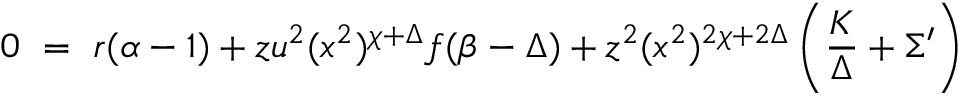
0 ~ = ~ r ( \alpha - 1 ) + z u ^ { 2 } ( x ^ { 2 } ) ^ { \chi + \Delta } f ( \beta - \Delta ) + z ^ { 2 } ( x ^ { 2 } ) ^ { 2 \chi + 2 \Delta } \left( \frac { K } { \Delta } + \Sigma ^ { \prime } \right)